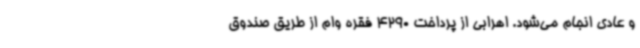
و عادی انجام می‌شود. اهرابی از پرداخت 4290 فقره وام از طریق صندوق